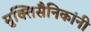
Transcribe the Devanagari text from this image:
मुक्तिसैनिकांनी